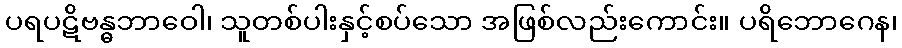
ပရပဋိဗန္ဓဘာဝေါ၊ သူတစ်ပါးနှင့်စပ်သော အဖြစ်လည်းကောင်း။ ပရိဘောဂေန၊